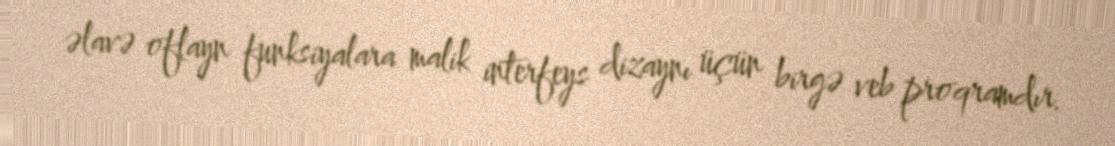
əlavə oflayn funksiyalara malik interfeys dizaynı üçün birgə veb proqramdır.